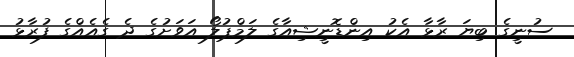
ސުނީގެ ބިޔަ ރާޅާ އެކު އިންޑޮނީޝިއާގެ ލަމްޕުލޯ އަވަށުގެ ދެ ގެއެއްގެ ފުރާޅު